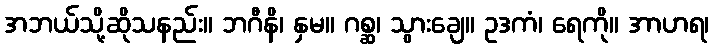
အဘယ်သို့ဆိုသနည်း။ ဘဂီနိ၊ နှမ။ ဂစ္ဆ၊ သွားချေ။ ဥဒကံ၊ ရေကို။ အာဟရ၊